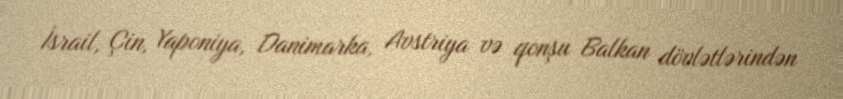
İsrail, Çin, Yaponiya, Danimarka, Avstriya və qonşu Balkan dövlətlərindən